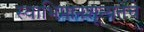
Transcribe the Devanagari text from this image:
स्वाभिमानशून्यतेचे